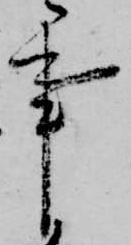
事